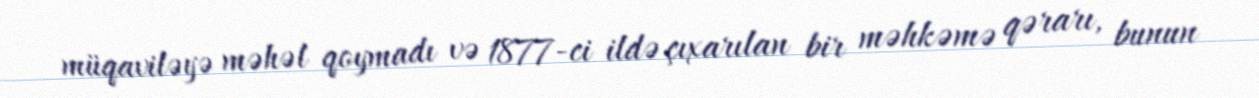
müqaviləyə məhəl qoymadı və 1877-ci ildə çıxarılan bir məhkəmə qərarı, bunun